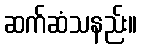
ဆက်ဆံသနည်း။